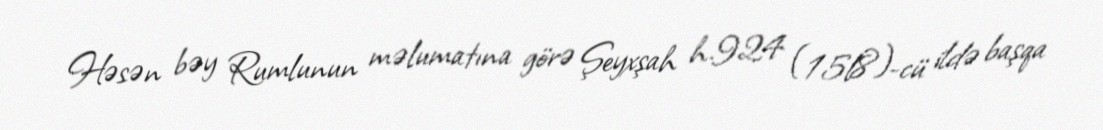
Həsən bəy Rumlunun məlumatına görə Şeyxşah h.924 (15l8)-cü ildə başqa